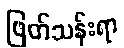
ဖြတ်သန်းရာ